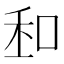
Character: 𠲆